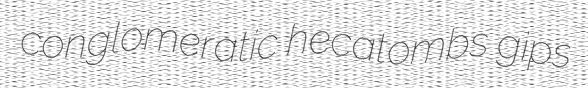
conglomeratic hecatombs gips